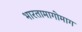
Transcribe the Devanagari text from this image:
भारतामागोमाग